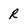
Character: R